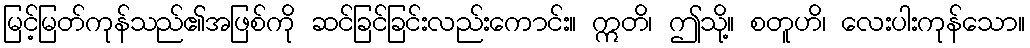
မြင့်မြတ်ကုန်သည်၏အဖြစ်ကို ဆင်ခြင်ခြင်းလည်းကောင်း။ ဣတိ၊ ဤသို့။ စတူဟိ၊ လေးပါးကုန်သော။